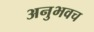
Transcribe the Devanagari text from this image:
अनुभवच